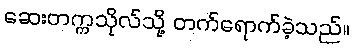
ဆေးတက္ကသိုလ်သို့ တက်ရောက်ခဲ့သည်။